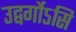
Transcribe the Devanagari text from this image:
उद्वर्गोऽसि